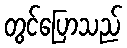
တွင်ပြောသည်